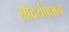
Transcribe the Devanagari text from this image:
सौंदर्यप्रधान